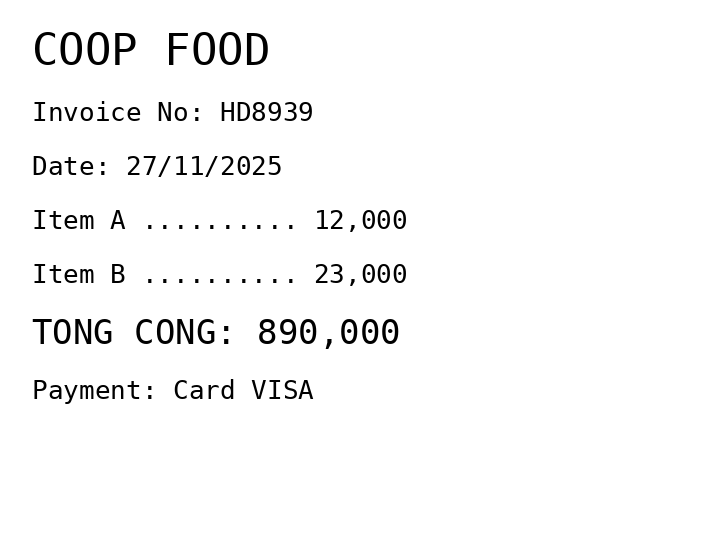
COOP FOOD
Invoice No: HD8939
Date: 27/11/2025
Item A .......... 12,000
Item B .......... 23,000
TONG CONG: 890,000
Payment: Card VISA
Merchant: coop food
Date: 2025-11-27
Total: 890000
Invoice No: HD8939
Payment method: CARD